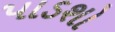
પાડશો